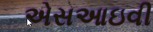
એસઆઇવી